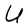
Character: U